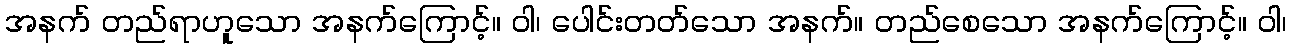
အနက် တည်ရာဟူသော အနက်ကြောင့်။ ဝါ၊ ပေါင်းတတ်သော အနက်။ တည်စေသော အနက်ကြောင့်။ ဝါ၊